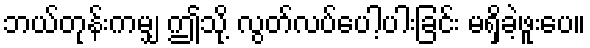
ဘယ်တုန်းကမျှ ဤသို့ လွတ်လပ်ပေါ့ပါးခြင်း မရှိခဲ့ဖူးပေ။